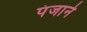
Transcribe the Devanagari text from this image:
पंजाने